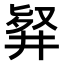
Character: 𠭢